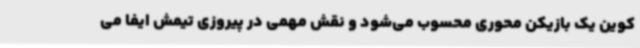
کوین یک بازیکن محوری محسوب می‌شود و نقش مهمی در پیروزی تیمش ایفا می